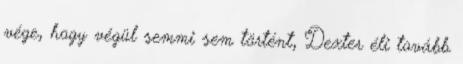
vége, hogy végül semmi sem történt, Dexter éli tovább